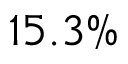
1 5 . 3 \%